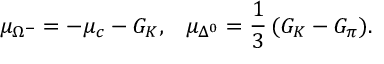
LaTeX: \mu _ { \Omega ^ { - } } = - \mu _ { c } - { \cal G } _ { K } , \, \, \, \, \, \mu _ { \Delta ^ { 0 } } = \frac 1 3 \, ( { \cal G } _ { K } - { \cal G } _ { \pi } ) .